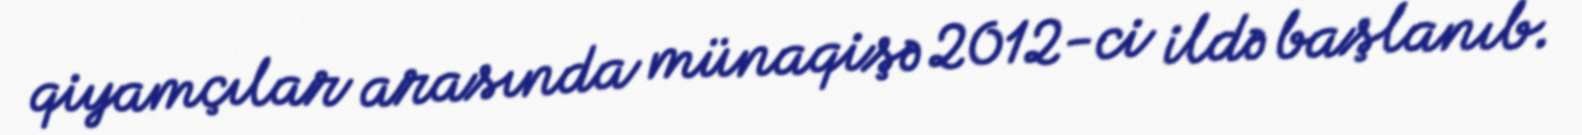
qiyamçılar arasında münaqişə 2012-ci ildə başlanıb.